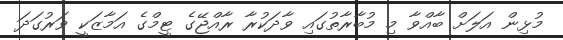
މުޅިން އަލަށް ބާއްވާ މި މުބާރާތުގައި ވާދަކުރާ ރާއްޖޭގެ ޓީމްގެ އަމާޒަކީ ވަރުގަދަ